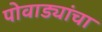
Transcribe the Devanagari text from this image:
पोवाड्यांचा